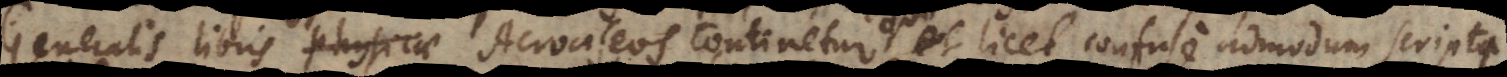
Generalis libris Physicae Acroaseos continetur, qui licet confuse admodum script